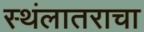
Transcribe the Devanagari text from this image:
स्थंलातराचा